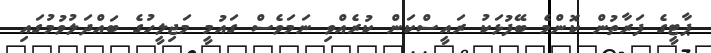
ޕާޓީގެ ފަރާތުން ކޮންމެ ބޭފުޅަކު ރައީސްކަން ކުރެއްވި ނަމަވެސް ގައުމީ މަޖިލީހުގެ ބައްދަލުވުމުގައި